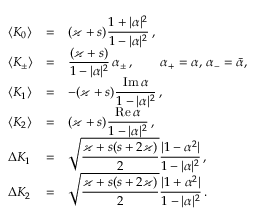
\begin{array} { l l l } { \langle K _ { 0 } \rangle } & { = } & { \displaystyle ( \varkappa + s ) \frac { 1 + \vert \alpha \vert ^ { 2 } } { 1 - \vert \alpha \vert ^ { 2 } } \, , } \\ { \langle K _ { \pm } \rangle } & { = } & { \displaystyle \frac { ( \varkappa + s ) } { 1 - \vert \alpha \vert ^ { 2 } } \, \alpha _ { \pm } \, , \qquad \alpha _ { + } = \alpha , \, \alpha _ { - } = \bar { \alpha } , \, } \\ { \langle K _ { 1 } \rangle } & { = } & { \displaystyle - ( \varkappa + s ) \frac { \mathrm { I m } \, \alpha } { 1 - \vert \alpha \vert ^ { 2 } } \, , } \\ { \langle K _ { 2 } \rangle } & { = } & { \displaystyle ( \varkappa + s ) \frac { \mathrm { R e } \, \alpha } { 1 - \vert \alpha \vert ^ { 2 } } \, , } \\ { \Delta K _ { 1 } } & { = } & { \displaystyle \sqrt { \frac { \varkappa + s ( s + 2 \varkappa ) } { 2 } } \frac { \vert 1 - \alpha ^ { 2 } \vert } { 1 - \vert \alpha \vert ^ { 2 } } \, , } \\ { \Delta K _ { 2 } } & { = } & { \displaystyle \sqrt { \frac { \varkappa + s ( s + 2 \varkappa ) } { 2 } } \frac { \vert 1 + \alpha ^ { 2 } \vert } { 1 - \vert \alpha \vert ^ { 2 } } \, . } \end{array}